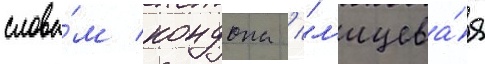
слова́м кондона / "л'ицева́я